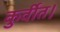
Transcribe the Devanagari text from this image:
कुर्वीत।